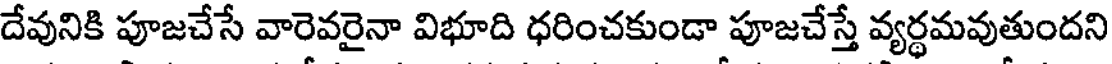
దేవునికి పూజచేసే వారెవరైనా విభూది ధరించకుండా పూజచేస్తే వ్యర్థమవుతుందని